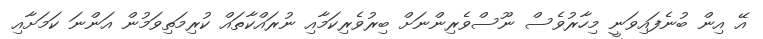
އޭ އިން ބުނެފައިވަނީ މިހާރުވެސް ނޫސްވެރިންނަށް ބިރުވެރިކަމާއި ނުރައްކާތައް ކުރިމަތިވަމުން އަންނަ ކަމަށާއި